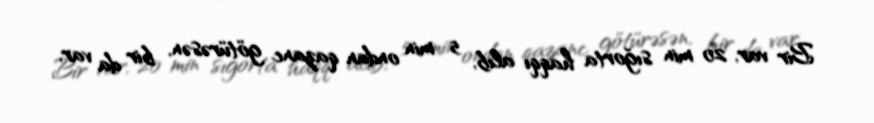
Bir var, 20 min sığorta haqqı alıb, 5 min ondan qazanc götürəsən, bir da var,